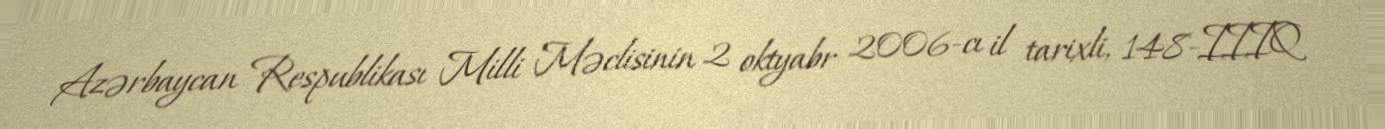
Azərbaycan Respublikası Milli Məclisinin 2 oktyabr 2006-cı il tarixli, 148-IIIQ